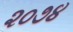
૨૦૭૪